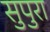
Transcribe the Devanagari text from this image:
सुपुरा